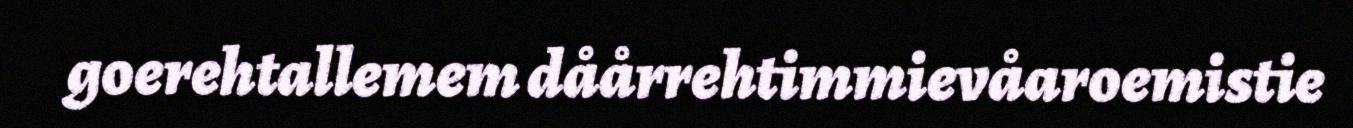
goerehtallemem dåårrehtimmievåaroemistie